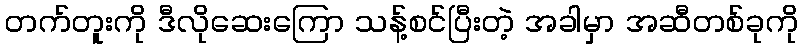
တက်တူးကို ဒီလိုဆေးကြော သန့်စင်ပြီးတဲ့ အခါမှာ အဆီတစ်ခုကို